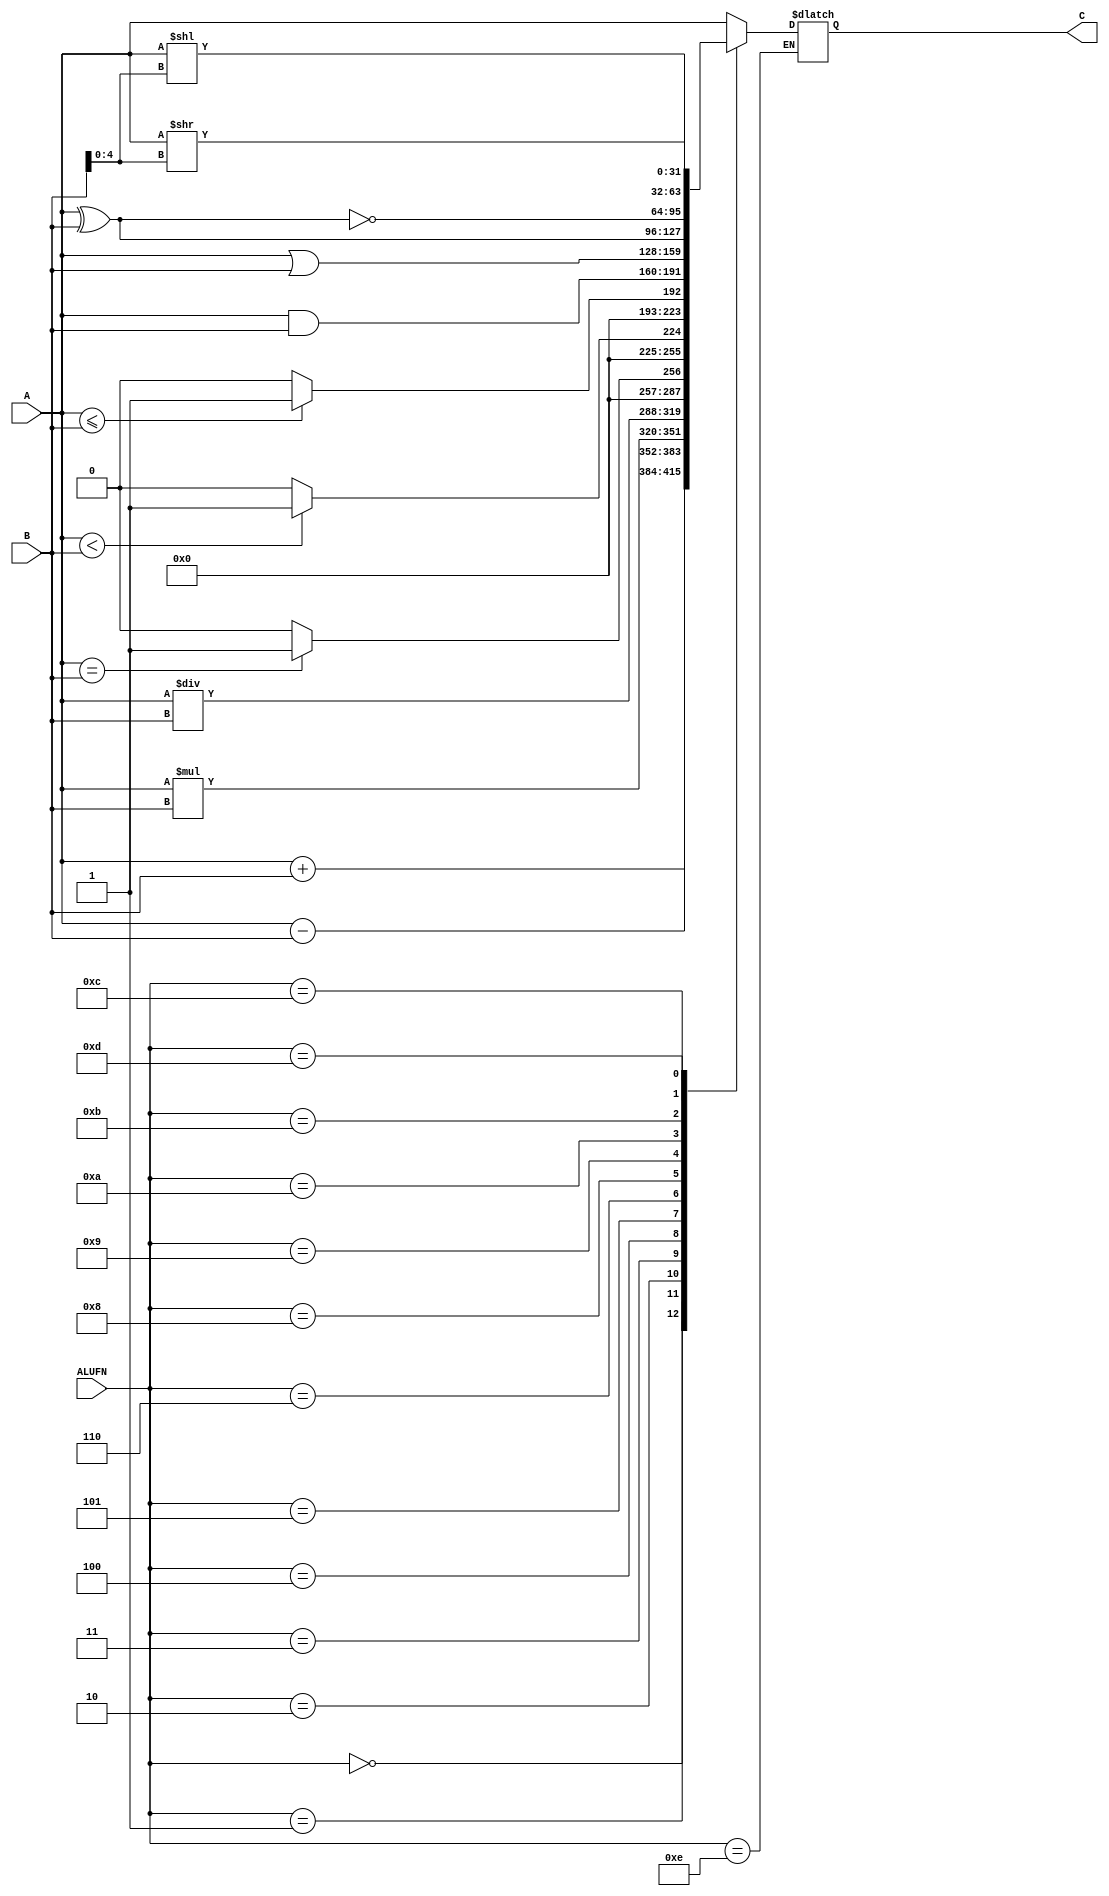
`timescale 1ns / 1ps

module ALU(
input [31:0] A,B,
input [3:0] ALUFN,
output reg [31:0] C
    );
reg prop;
always @(*) begin
case(ALUFN)
    4'b0000: C = A+B;
    4'b0001: C = A-B;
    4'b0010: C = A*B;
    4'b0011: C = A/B;
    4'b0100: begin
             if(A==B) C=1;
             else C=0;
             end
    4'b0101: begin
             if(A<B) C=1;
             else C=0;
             end
    4'b0110: begin
             if(A<=B) C=1;
             else C=0;
             end
    //4'b0111: ;
    4'b1000: C= A&B;
    4'b1001: C=A|B;
    4'b1010: C=A^B;
    4'b1011: C=~(A^B);
    4'b1100: C=A<<B[4:0];
    4'b1101: C=A>>B[4:0];
    4'b1110: begin
             ;
             end
    default: C=A;
    //4'b1111: ;
endcase    
end

endmodule